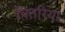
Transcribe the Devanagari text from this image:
पितरिया